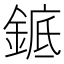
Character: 𬫩